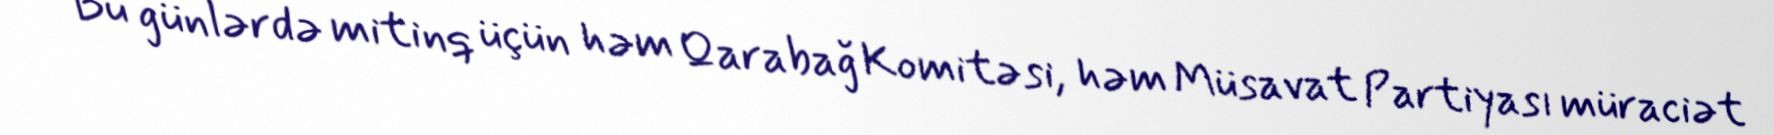
- Bu günlərdə mitinq üçün həm Qarabağ Komitəsi, həm Müsavat Partiyası müraciət